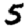
Digit: 5